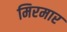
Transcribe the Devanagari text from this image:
मिरमार